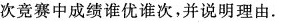
次竞赛中成绩谁优谁次，并说明理由.